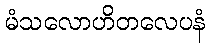
မံသလောဟိတလေပနံ